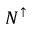
N ^ { \uparrow }